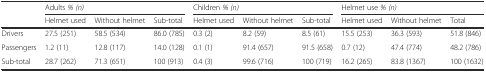
|  | <COLSPAN=3> Adults % (n) | <COLSPAN=3> Children % (n) | <COLSPAN=3> Helmet use % (n) |
 |  | Helmet used | Without helmet | Sub-total | Helmet used | Without helmet | Sub-total | Helmet used | Without helmet | Total |
 | --- | --- | --- | --- | --- | --- | --- | --- | --- | --- |
 | Drivers | 27.5 (251) | 58.5 (534) | 86.0 (785) | 0.3 (2) | 8.2 (59) | 8.5 (61) | 15.5 (253) | 36.3 (593) | 51.8 (846) |
 | Passengers | 1.2 (11) | 12.8 (117) | 14.0 (128) | 0.1 (1) | 91.4 (657) | 91.5 (658) | 0.7 (12) | 47.4 (774) | 48.2 (786) |
 | Sub-total | 28.7 (262) | 71.3 (651) | 100 (913) | 0.4 (3) | 99.6 (716) | 100 (719) | 16.2 (265) | 83.8 (1367) | 100 (1632) |